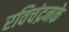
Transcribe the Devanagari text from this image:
रविचंद्रनके